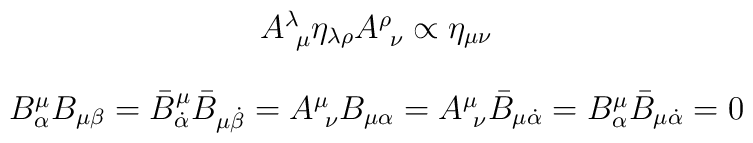
\begin{array}{c}A^{\lambda}_{~\mu}\eta_{\lambda\rho}A^{\rho}_{~\nu}\propto\eta_{\mu\nu}\\{}\\B^{\mu}_{\alpha}B_{\mu\beta}=\bar{B}^{\mu}_{\dot{\alpha}}\bar{B}_{\mu\dot{\beta}} =A^{\mu}_{~\nu}B_{\mu\alpha}=A^{\mu}_{~\nu}\bar{B}_{\mu\dot{\alpha}}=B^{\mu}_{\alpha}\bar{B}_{\mu\dot{\alpha}}=0\end{array}